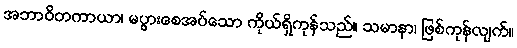
အဘာဝိတကာယာ၊ မပွားစေအပ်သော ကိုယ်ရှိကုန်သည်။ သမာနာ၊ ဖြစ်ကုန်လျက်။